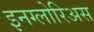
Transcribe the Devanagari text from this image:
इनग्लोरिअस